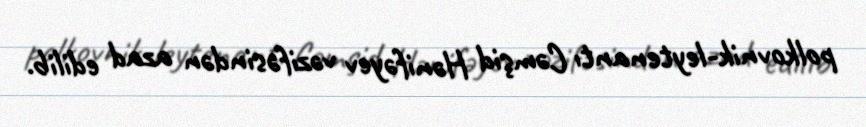
polkovnik-leytenantı Cəmşid Hənifəyev vəzifəsindən azad edilib.